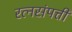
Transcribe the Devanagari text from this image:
रत्नसंपत्ती